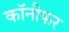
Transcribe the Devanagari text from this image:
कॉनीफर